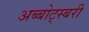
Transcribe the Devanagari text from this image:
अब्बोट्स्बरी